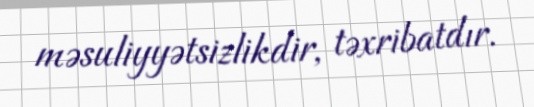
məsuliyyətsizlikdir, təxribatdır.